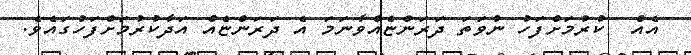
އެއް  ކުރުމަށްފަހު ނުވަތަ ދަރަންޏެއްވާނަމަ އެ ދަރަންޏެއް އަދާކުރުމަށްފަހުގައެވެ.